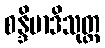
စန္ဒိမာဒိသုတ္တ